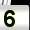
Digit: 5